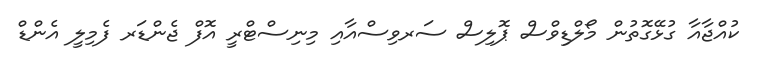
ކުއްޖާއާ ގުޅޭގޮތުން މޯލްޑިވްސް ޕޮލިސް ސަރވިސްއާއި މިނިސްޓްރީ އޮފް ޖެންޑަރ ފެމިލީ އެންޑް